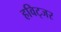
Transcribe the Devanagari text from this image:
हविट्जर